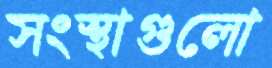
সংস্থাগুলো